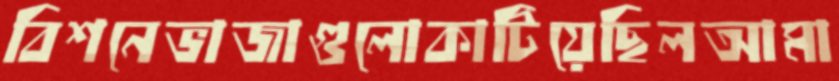
বিশনেভাজাগুলোকাটিয়েছিলআমা